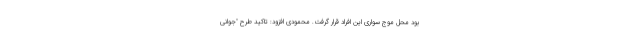
بود محل موج سواری این افراد قرار گرفت. محمودی افزود: تاکید طرح "جوانی